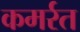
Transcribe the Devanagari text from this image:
कमर्रत